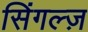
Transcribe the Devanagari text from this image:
सिंगल्ज़